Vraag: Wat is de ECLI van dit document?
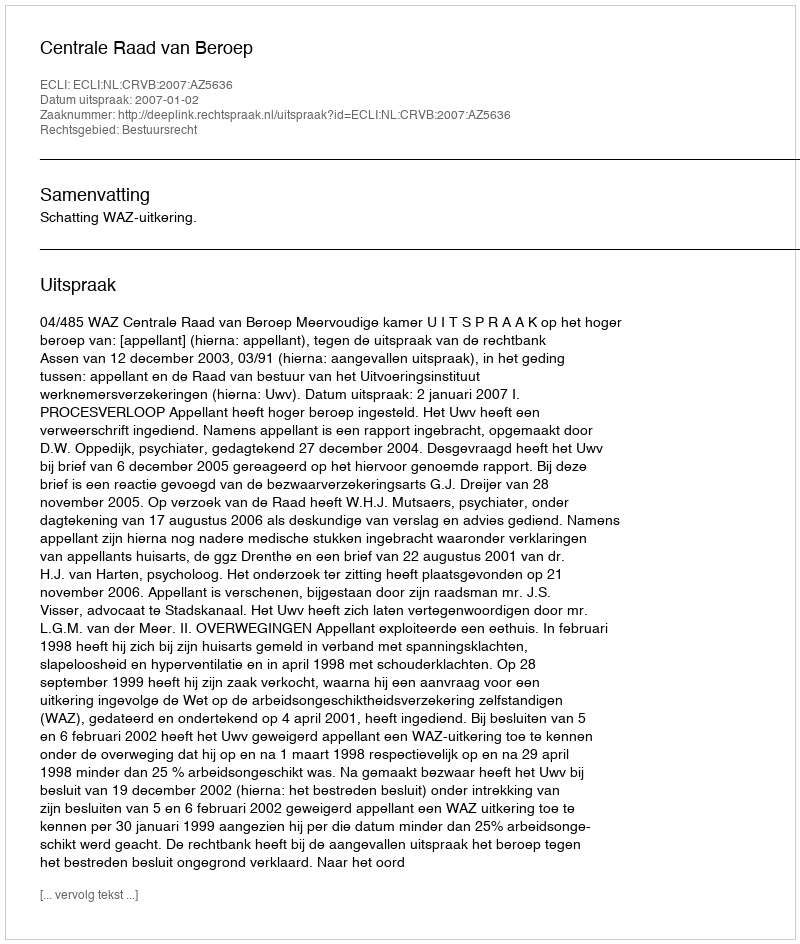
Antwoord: ECLI:NL:CRVB:2007:AZ5636